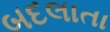
બદલાતા